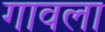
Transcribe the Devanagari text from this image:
गावला